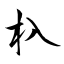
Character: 杁